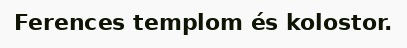
Ferences templom és kolostor.